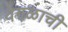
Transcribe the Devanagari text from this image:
वेगळाची